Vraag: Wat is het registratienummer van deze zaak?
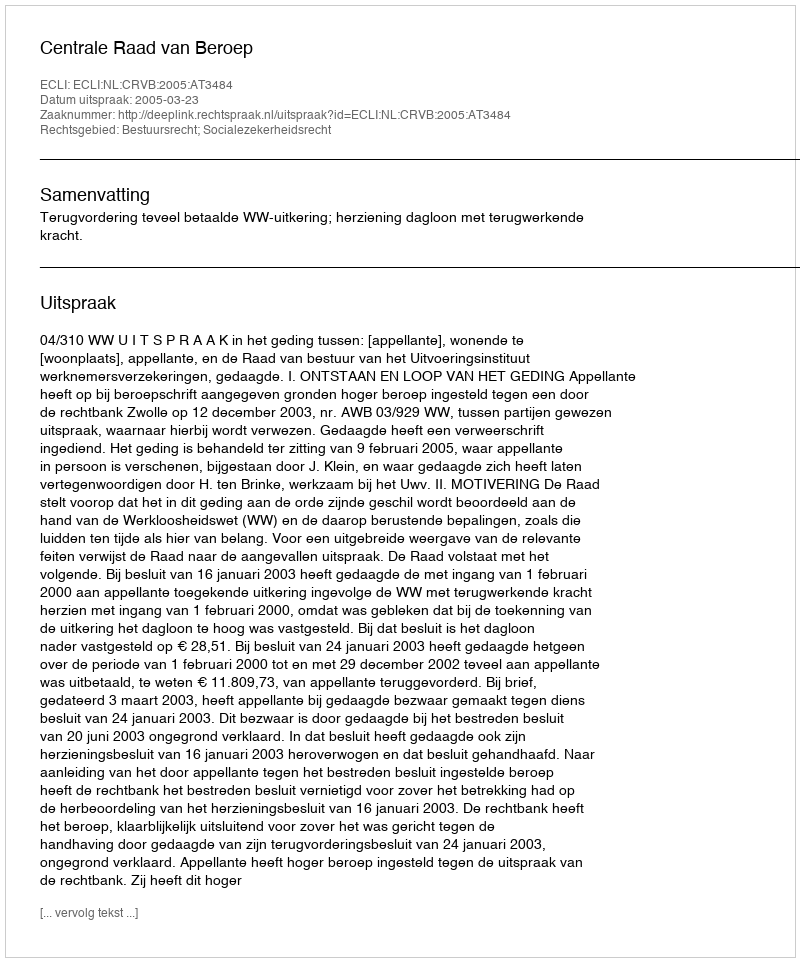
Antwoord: http://deeplink.rechtspraak.nl/uitspraak?id=ECLI:NL:CRVB:2005:AT3484